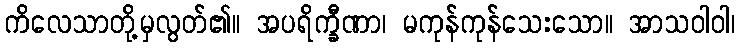
ကိလေသာတို့မှလွတ်၏။ အပရိက္ခီဏာ၊ မကုန်ကုန်သေးသော။ အာသဝါဝါ၊